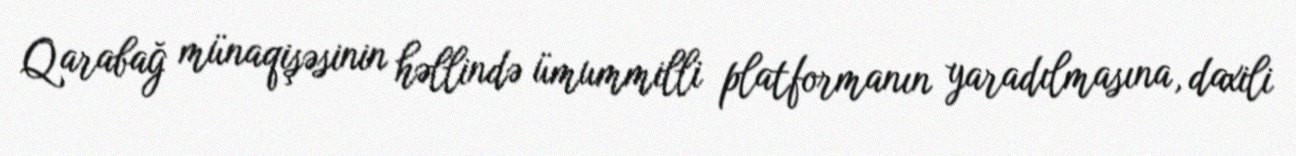
Qarabağ münaqişəsinin həllində ümummilli platformanın yaradılmasına, daxili